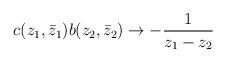
LaTeX: \begin{align*}c(z_1,\bar z_1)b(z_2,\bar z_2)\rightarrow -\frac{1}{z_1-z_2}\end{align*}